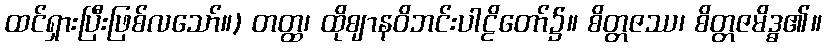
ထင်ရှားပြီးဖြစ်လသော်။) တတ္ထ၊ ထိုဈာနဝိဘင်းပါဠိတော်၌။ စိတ္တဇဿ၊ စိတ္တဇမိဒ္ဓ၏။